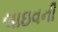
લાઇવની